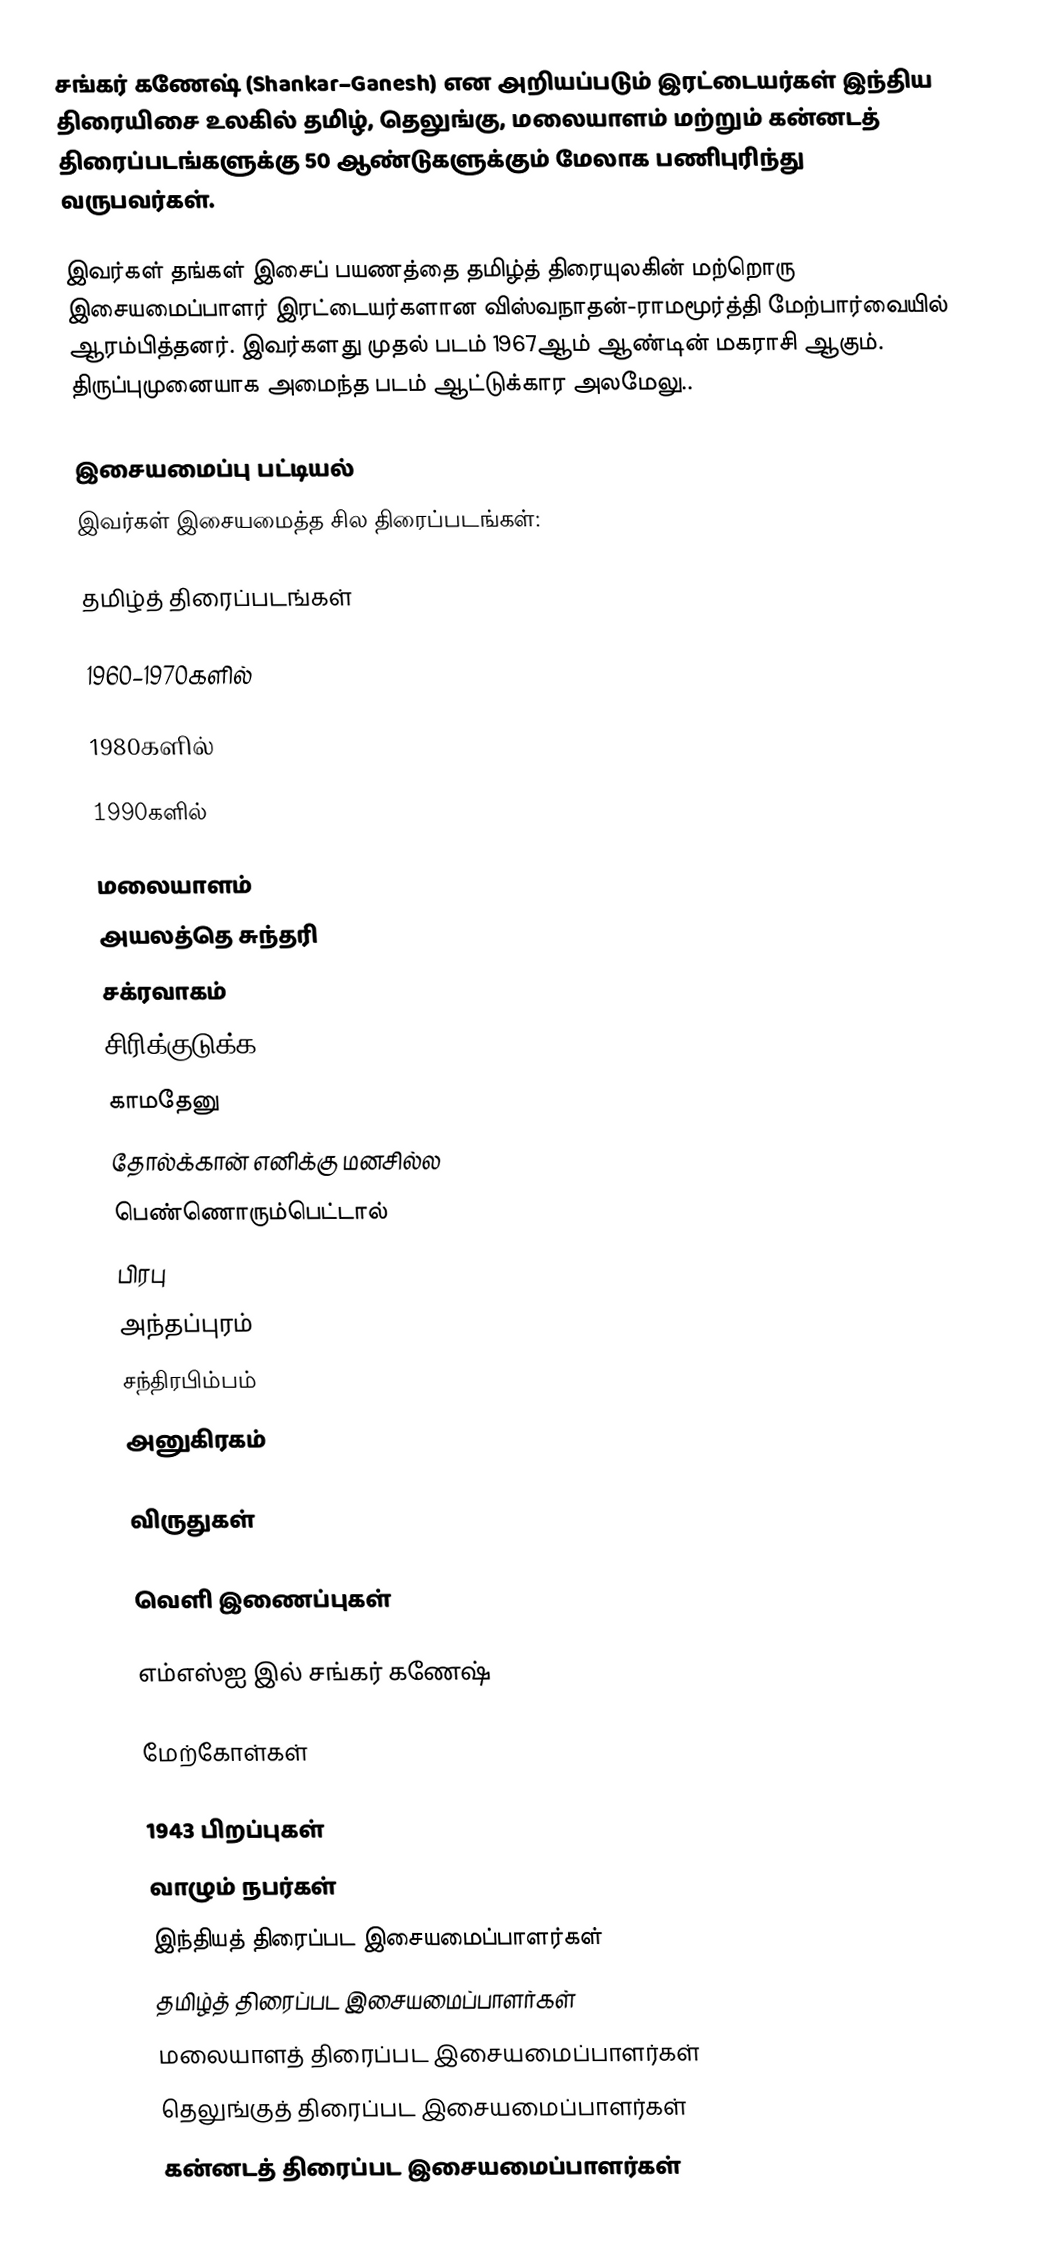
சங்கர் கணேஷ்  (Shankar–Ganesh) என அறியப்படும் இரட்டையர்கள் இந்திய  திரையிசை உலகில் தமிழ், தெலுங்கு, மலையாளம் மற்றும் கன்னடத் திரைப்படங்களுக்கு 50 ஆண்டுகளுக்கும் மேலாக பணிபுரிந்து வருபவர்கள்.

இவர்கள் தங்கள் இசைப் பயணத்தை தமிழ்த் திரையுலகின் மற்றொரு இசையமைப்பாளர் இரட்டையர்களான விஸ்வநாதன்-ராமமூர்த்தி மேற்பார்வையில் ஆரம்பித்தனர். இவர்களது முதல் படம் 1967ஆம் ஆண்டின் மகராசி ஆகும். திருப்புமுனையாக அமைந்த படம் ஆட்டுக்கார அலமேலு..

இசையமைப்பு பட்டியல்
இவர்கள் இசையமைத்த சில திரைப்படங்கள்:

தமிழ்த் திரைப்படங்கள்

1960–1970களில்

1980களில்

1990களில்

மலையாளம்
அயலத்தெ சுந்தரி
சக்ரவாகம்
சிரிக்குடுக்க
காமதேனு
தோல்க்கான் எனிக்கு மனசில்ல
பெண்ணொரும்பெட்டால்
பிரபு
அந்தப்புரம்
சந்திரபிம்பம்
அனுகிரகம்

விருதுகள்

வெளி இணைப்புகள்

 எம்எஸ்ஐ இல் சங்கர் கணேஷ்

மேற்கோள்கள்

1943 பிறப்புகள்
வாழும் நபர்கள்
இந்தியத் திரைப்பட இசையமைப்பாளர்கள்
தமிழ்த் திரைப்பட இசையமைப்பாளர்கள்
மலையாளத் திரைப்பட இசையமைப்பாளர்கள்
தெலுங்குத் திரைப்பட இசையமைப்பாளர்கள்
கன்னடத் திரைப்பட இசையமைப்பாளர்கள்